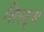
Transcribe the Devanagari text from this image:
सिस्ट्म